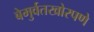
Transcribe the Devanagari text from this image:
बेमुर्वतखोरपणे